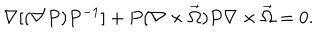
\nabla [ ( \nabla P ) P ^ { - 1 } ] + P ( \nabla \times \vec { \Omega } ) P \nabla \times \vec { \Omega } = 0 .